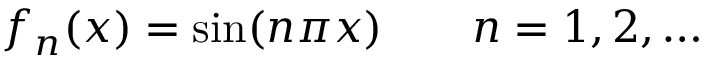
f _ { n } ( x ) = \sin ( n \pi x ) \qquad n = 1 , 2 , \ldots